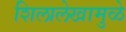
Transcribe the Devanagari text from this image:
शिलालेखामुळे